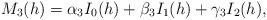
LaTeX: \begin{align*}M_3(h)=\alpha_3I_0(h)+\beta_3I_1(h)+\gamma_3I_2(h),\end{align*}